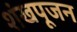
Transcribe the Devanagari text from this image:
शंखपूजन